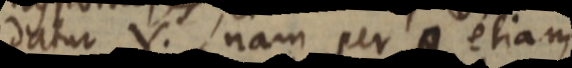
datur V. nam per a etiam